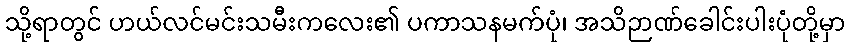
သို့ရာတွင် ဟယ်လင်မင်းသမီးကလေး၏ ပကာသနမက်ပုံ၊ အသိဉာဏ်ခေါင်းပါးပုံတို့မှာ